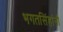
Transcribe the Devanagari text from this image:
भगतसिंहांनी